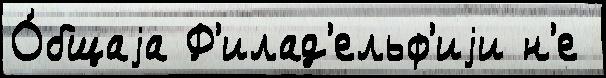
О́бщаjа Ф'илад'ельф'иjи н'е